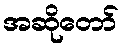
အဆိုတော်